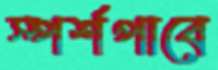
স্পর্শপাবে